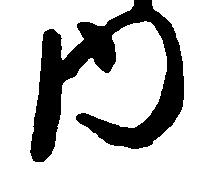
内